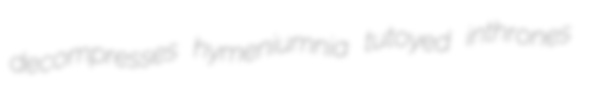
decompresses hymeniumnia tutoyed inthrones